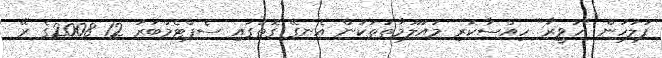
ފުލުހުން "ހަވީރާ" ހިއްސާކުރި މައުލޫމާތުތަކުން އެނގޭ ގޮތުގައި ސެޕްޓެމްބަރު 12 2008ގެ ރޭ